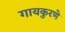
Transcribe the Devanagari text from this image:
गायकुरणे